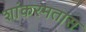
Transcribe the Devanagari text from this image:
शांकरमतास